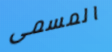
المسمى